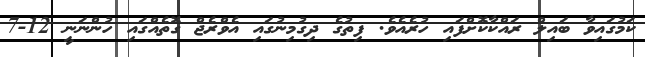
ކަމުގައިވާ ބައިލް ރައްކާކޮށްފައި ހުރެއެވެ. ފިތުގެ ދިގުމިނުގައި އެވްރެޖް ގޮތެއްގައި ހުންނަނީ 12-7